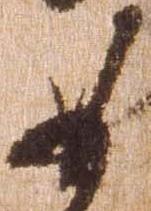
如